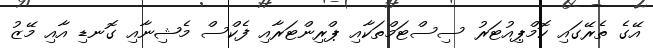
އޭގެ ތެރޭގައި ކޮމްޕިއުޓަރު ސިސްޓަމްތަކާއި ޕްރިންޓަރާއި ފެކްސް މެޝިނާއި ގޮނޑި އާއި މޭޒު